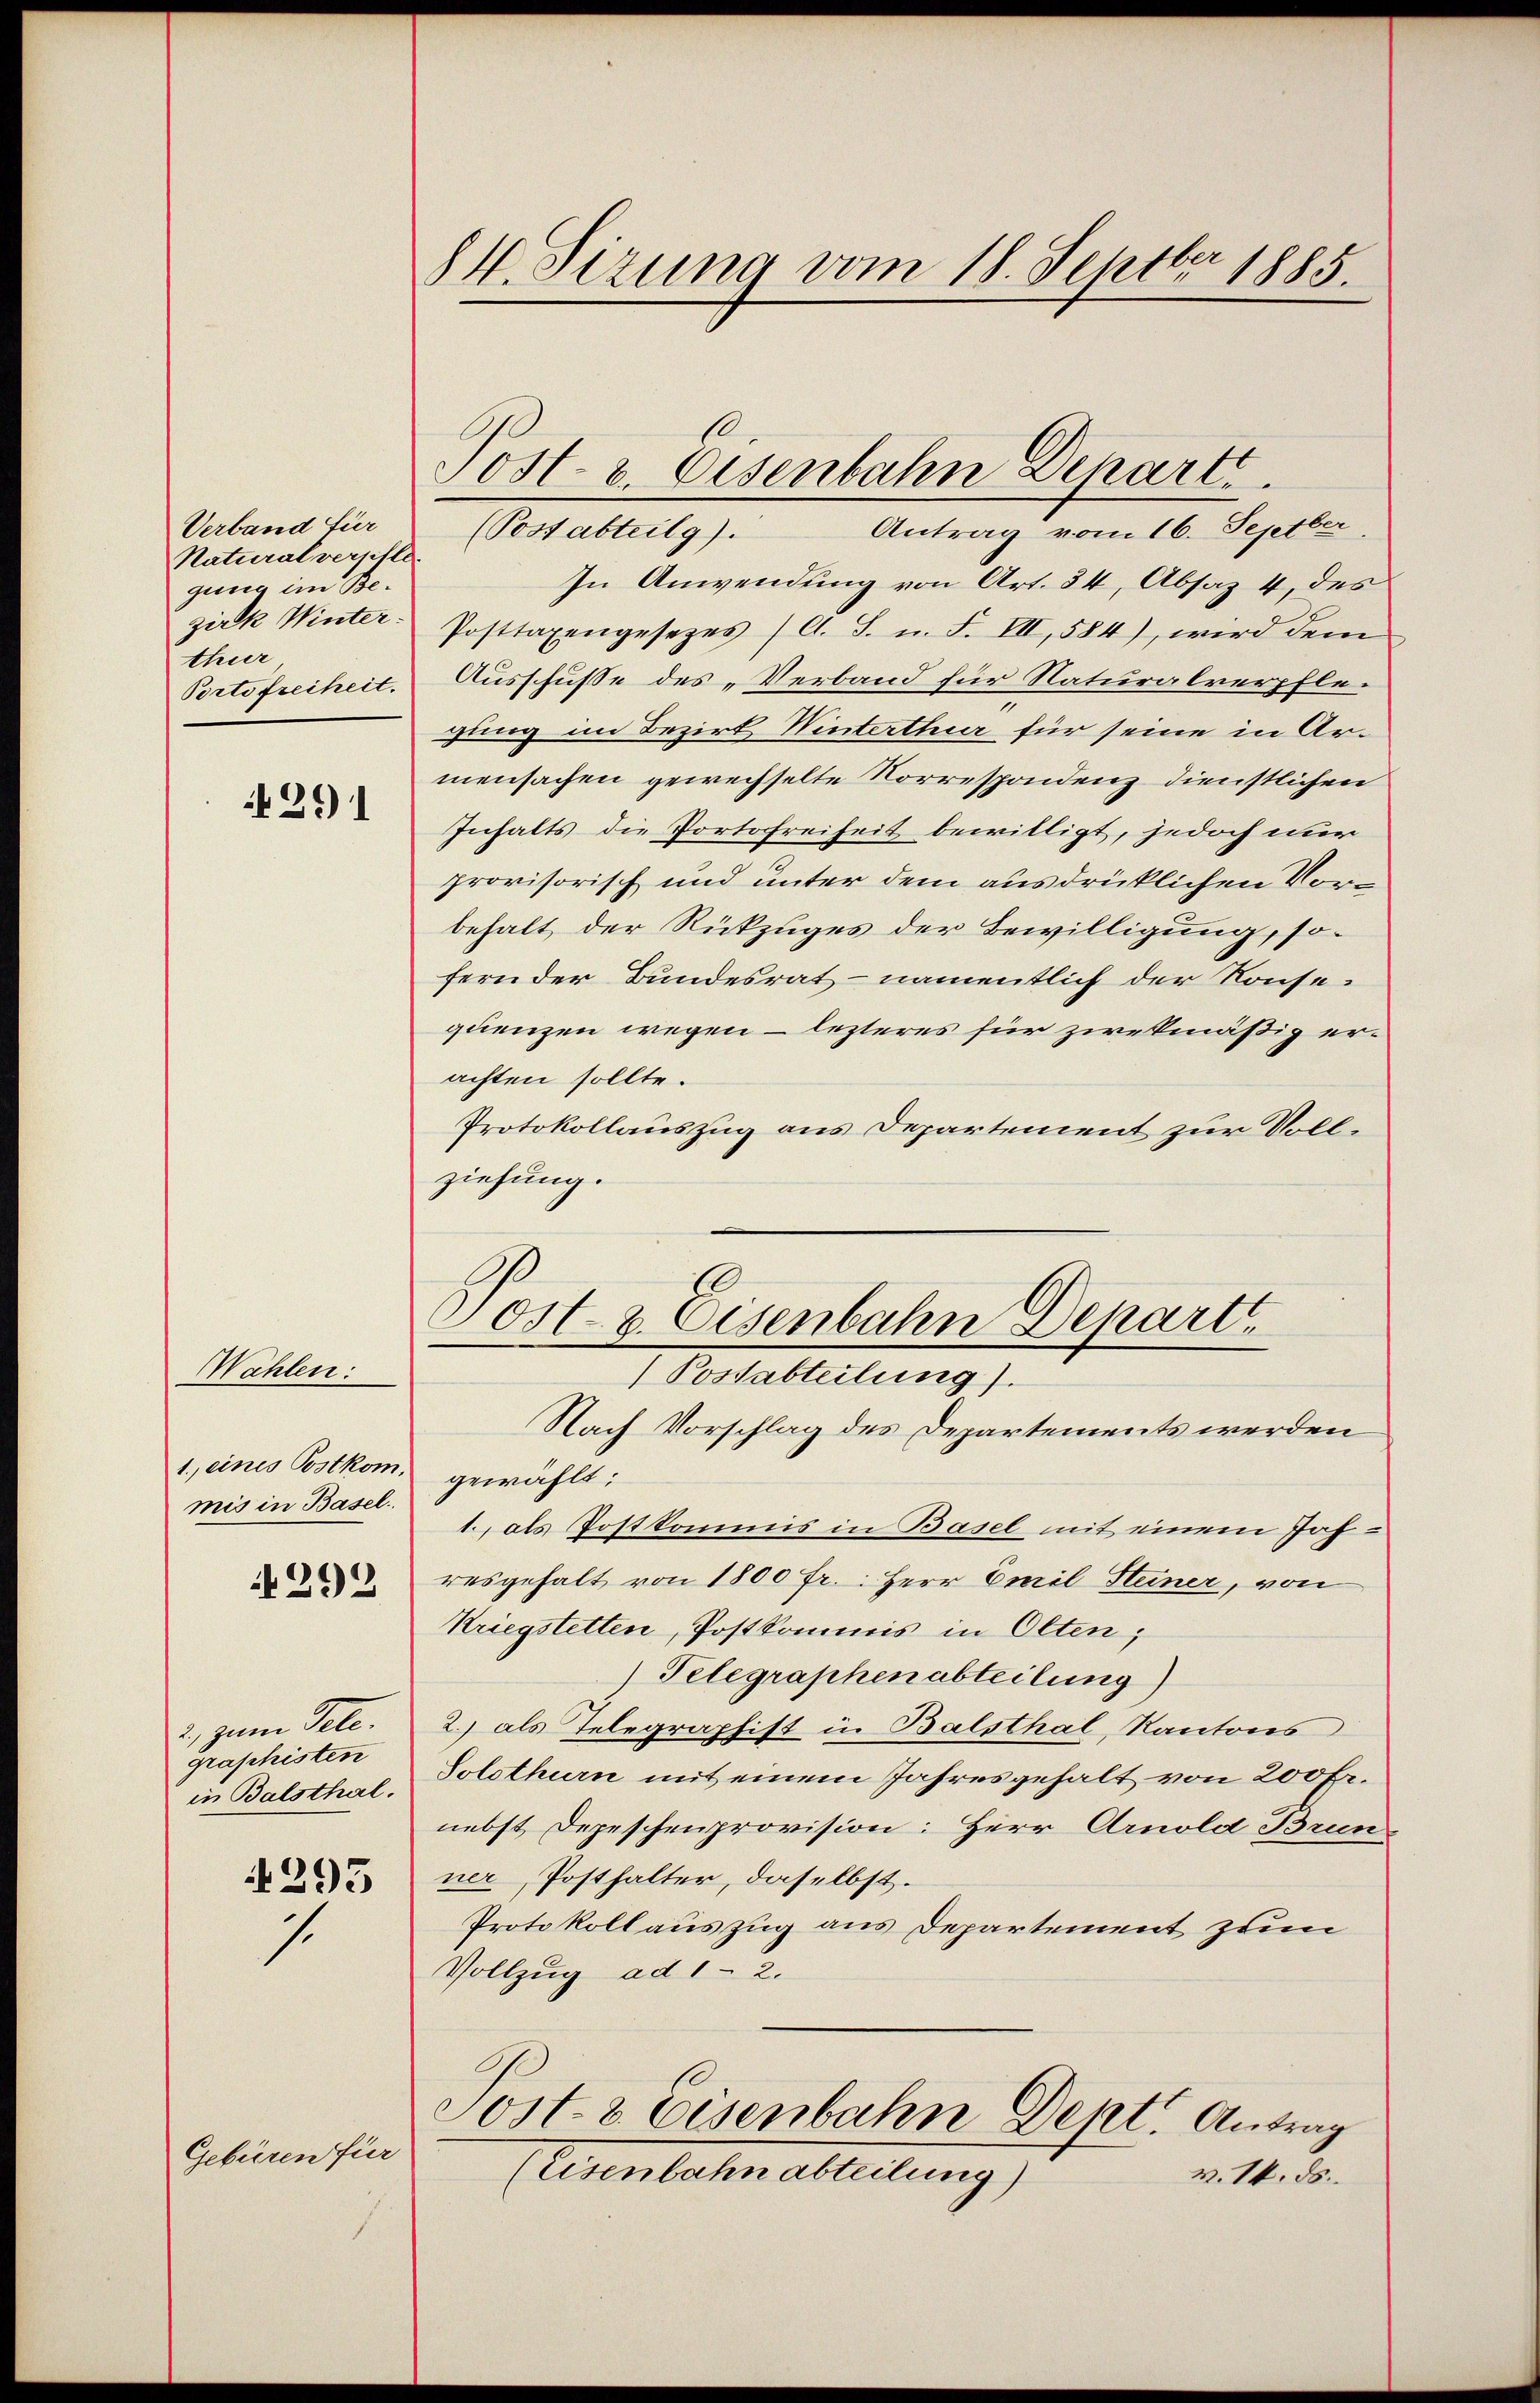
Verband für
Naturalversihle.
gung im Bethur,
Porte freiheit.

291

Wahlen:
1., eines Postkom
mis in Basel.
292

2, zum Tele.
graphisten
in Balsthal.

295
1.

Gebüren für

84. Sizung vom 18. Septbr 1885.

Antrag vom 16. Septber
(Postabteilg).
In Anwendung von Art. 34, Absaz 4, des
zirk Winter Posttaxengesetzes (C. S. u. F. VII, 584), wird dem
Ausschusse des „Verband für Naturalverpflegung im Bezirk Winterthur für seine in Armensachen gewechselte Korrespondenz dienstlichen
Inhalts die Portofreiheit bewilligt, jedoch nur
provisorisch und unter dem ausdrüklichen Vorbehalt der Rückzuges der Bewilligung, sofern der Bundesrat namentlich der Konse-
quenzen wegen – lezteres für zwekmäßig erachten sollte.
Protokollauszug aus Departement zur Vollziehung.

Post & Eisenbahn Depart
Postabteilung).

Nach Vorschlag des Departements werden
gewählt:
1., als Postkommis in Basel mit einem Jahresgehalt von 1800 fr.: Herr Emil Steiner, von
Kriegstetten, Postkommis in Olten;
Telegraphenabteilung)
2.) als Telegraphist in Balsthal, Kantons
Solothurn mit einem Jahresgehalt von 200 Fr.
nebst Depeschenprovision: Herr Arnold Brunner, Posthalter, daselbst.
Protokoll auszug aus Departement zum
Vollzug ad 1 - 2.
Sost- & Eisenbahn Dept. Antrag
(Eisenbahn abteilung)
v. 14. ds.

Post- & Eisenbahn Scharte